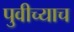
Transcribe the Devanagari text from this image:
पुवीच्याच